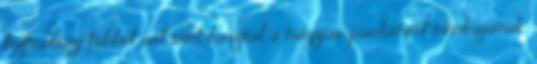
biztos,hogy többet árt mint használ a magyar parlament munkájának.